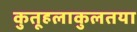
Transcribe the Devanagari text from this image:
कुतूहलाकुलतया